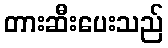
တားဆီးပေးသည်